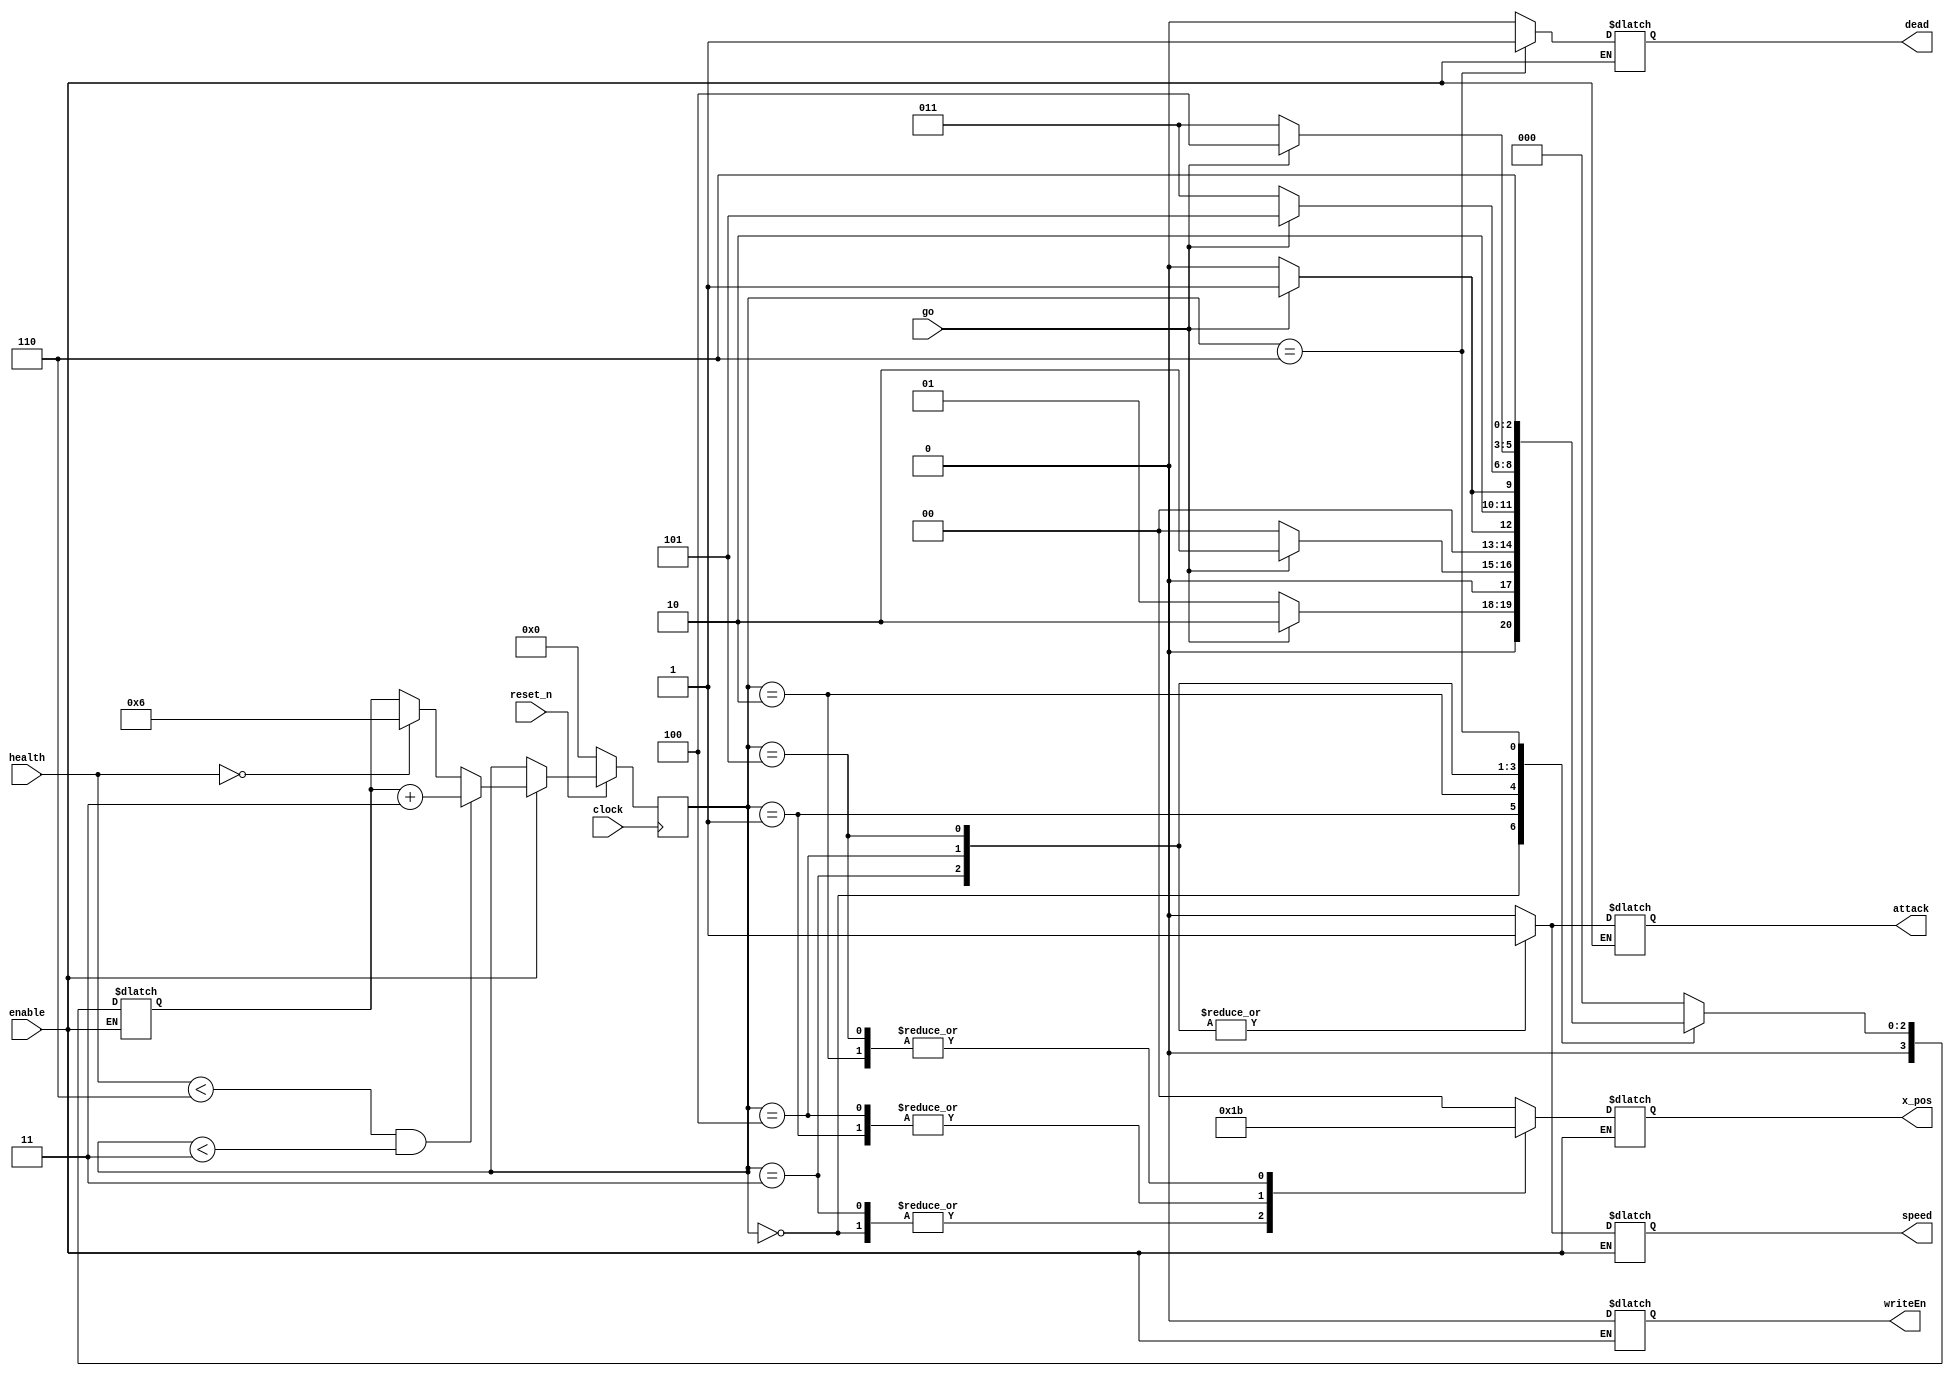
module enemy_control(clock, reset_n, go, enable, health, x_pos, speed, attack, dead, writeEn);

	//list of inputs
	input clock;
	input reset_n;
	input go;
	input [3:0] health;
	input enable;
	
	//list of outputs
	output reg [1:0] x_pos;
	output reg speed;
	output reg attack;
	output reg dead;
	output reg writeEn;

	
	reg [3:0] current_state, next_state; 

	//states listed out as local_params
   localparam   LEFT_CALM       			= 3'd0,
				MIDDLE_CALM   					= 3'd1,
				RIGHT_CALM       				= 3'd2,
				LEFT_AGGRESSIVE    			= 3'd3,
				MIDDLE_AGGRESSIVE          = 3'd4,
				RIGHT_AGGRESSIVE				= 3'd5,
				DEAD								= 3'd6;
					 
	//finite state machine transition

	// shoudnt we wait for the counter to finish counting before changing states??


		always @(*)
			begin 
				if (enable)
					begin
						case (current_state)
							 LEFT_CALM: next_state 				= go ? RIGHT_CALM : MIDDLE_CALM;
							 MIDDLE_CALM: next_state 			= go ? RIGHT_CALM : LEFT_CALM;
							 RIGHT_CALM: next_state 			= go ? MIDDLE_CALM : LEFT_CALM;
							 LEFT_AGGRESSIVE: next_state 		= go ? RIGHT_AGGRESSIVE : MIDDLE_AGGRESSIVE;
							 MIDDLE_AGGRESSIVE: next_state 	= go ? RIGHT_AGGRESSIVE: LEFT_AGGRESSIVE;
							 RIGHT_AGGRESSIVE: next_state 	= go ? MIDDLE_AGGRESSIVE: LEFT_AGGRESSIVE;
							 //TODO: FIX DEAD STATE
							 DEAD: next_state = DEAD;
						default:  next_state = LEFT_CALM;
					   endcase
					 end
		 end

		 //how to change between states
		 always @(*)
			begin
				if (enable)
				begin
				
				  //Speed = 0 -> RateDivider (__Hz)
				  //Speed = 1 -> RateDivider (2*__Hz)
				  speed = 1'b0;
				
				  //Attack = 0 -> Wait for 4 position changes
				  //Attack = 1 -> Wait for 2 position changes
				  attack = 1'b0;
				  
				  //X_pos = 2'b01 (1) -> Change VGA_X to 20
				  //X_pos = 2'b10 (2) -> Change VGA_X to 60
				  //X_pos = 2'b11 (3) -> Change VGA_X to 100
				  x_pos = 2'b00;
				  
				  //dead signal necessay
				  dead = 1'b0;
				  
				  writeEn = 1'b0;
				  
				  case (current_state)
						LEFT_CALM: 
							begin
								x_pos = 2'b01;
							end
						MIDDLE_CALM:
							begin
								x_pos = 2'b10;
							end
						RIGHT_CALM:
							begin
								x_pos = 2'b11;
							end
						LEFT_AGGRESSIVE:
							begin
								x_pos  = 2'b01;
								speed  = 1'b1;
								attack = 1'b1;
							end
						MIDDLE_AGGRESSIVE:
							begin
								x_pos  = 2'b10;
								speed  = 1'b1;
								attack = 1'b1;
							end
						RIGHT_AGGRESSIVE:
							begin
								x_pos  = 2'b11;
								speed  = 1'b1;
								attack = 1'b1;
							end
						//TODO DEAD CONTROL SIGNALS
						DEAD:
							begin
								dead = 1'b1;
							end
				  endcase
			 end
	    end
		
		 always @(posedge clock)
			begin

					  if (!reset_n)
							current_state <= LEFT_CALM;
					//if the opponent has less than half their health, 
					//they become more aggressive, move into different set of states
					  else if (enable)
							begin
						   if (health < 4'd6 && current_state < 4'd3)
								current_state <= next_state + 3;
						  else if (health == 4'b0)
								current_state <= DEAD;
						  else
								current_state <= next_state;
							end
			end
endmodule

//module enemy_control(clock, reset_n, go, health, x_pos, speed, attack, dead, writeEn);
//
//	//list of inputs
//	input clock;
//	input reset_n;
//	input go;
//	input [3:0] health;
//	input enable;
//	
//	//list of outputs
//	output reg [1:0] x_pos;
//	output reg speed;
//	output reg attack;
//	output reg dead;
//	output reg writeEn;
//
//	
//	reg [3:0] current_state, next_state; 
//
//	//states listed out as local_params
//   localparam   LEFT_CALM       				= 3'd0,
//				MIDDLE_CALM   					= 3'd1,
//				RIGHT_CALM       				= 3'd2,
//				LEFT_AGGRESSIVE    				= 3'd3,
//				MIDDLE_AGGRESSIVE          		= 3'd4,
//				RIGHT_AGGRESSIVE				= 3'd5,
//				DEAD							= 3'd6;
//					 
//	//finite state machine transition
//
//	// shoudnt we wait for the counter to finish counting before changing states??
//
//
//		always @(*)
//			begin 
//				if (enable)
//					begin
//						case (current_state)
//							 LEFT_CALM: next_state 				= go ? RIGHT_CALM : MIDDLE_CALM;
//							 MIDDLE_CALM: next_state 			= go ? RIGHT_CALM : LEFT_CALM;
//							 RIGHT_CALM: next_state 			= go ? MIDDLE_CALM : LEFT_CALM;
//							 LEFT_AGGRESSIVE: next_state 		= go ? RIGHT_AGGRESSIVE : MIDDLE_AGGRESSIVE;
//							 MIDDLE_AGGRESSIVE: next_state 	= go ? RIGHT_AGGRESSIVE: LEFT_AGGRESSIVE;
//							 RIGHT_AGGRESSIVE: next_state 	= go ? MIDDLE_AGGRESSIVE: LEFT_AGGRESSIVE;
//							 //TODO: FIX DEAD STATE
//							 DEAD: next_state = DEAD;
//						default:  next_state = LEFT_CALM;
//					   endcase
//					 end
//		 end
//
//		 //how to change between states
//		 always @(*)
//			begin
//				if (enable)
//				begin
//				
//				  //Speed = 0 -> RateDivider (__Hz)
//				  //Speed = 1 -> RateDivider (2*__Hz)
//				  speed = 1'b0;
//				
//				  //Attack = 0 -> Wait for 4 position changes
//				  //Attack = 1 -> Wait for 2 position changes
//				  attack = 1'b0;
//				  
//				  //X_pos = 2'b01 (1) -> Change VGA_X to 20
//				  //X_pos = 2'b10 (2) -> Change VGA_X to 60
//				  //X_pos = 2'b11 (3) -> Change VGA_X to 100
//				  x_pos = 2'b00;
//				  
//				  //dead signal necessay
//				  dead = 1'b0;
//				  
//				  writeEn = 1'b0;
//				  
//				  case (current_state)
//						LEFT_CALM: 
//							begin
//								x_pos = 2'b01;
//							end
//						MIDDLE_CALM:
//							begin
//								x_pos = 2'b10;
//							end
//						RIGHT_CALM:
//							begin
//								x_pos = 2'b11;
//							end
//						LEFT_AGGRESSIVE:
//							begin
//								x_pos  = 2'b01;
//								speed  = 1'b1;
//								attack = 1'b1;
//							end
//						MIDDLE_AGGRESSIVE:
//							begin
//								x_pos  = 2'b10;
//								speed  = 1'b1;
//								attack = 1'b1;
//							end
//						RIGHT_AGGRESSIVE:
//							begin
//								x_pos  = 2'b11;
//								speed  = 1'b1;
//								attack = 1'b1;
//							end
//						//TODO DEAD CONTROL SIGNALS
//						DEAD:
//							begin
//								dead = 1'b1;
//							end
//				  endcase
//			 end
//	    end
//		
//		 always @(posedge clock)
//			begin
//
//					  if (!reset_n)
//							current_state <= LEFT_CALM;
//					//if the opponent has less than half their health, 
//					//they become more aggressive, move into different set of states
//					  else if (enable)
//							begin
//						   if (health < 4'd6 && current_state < 4'd3)
//								current_state <= next_state + 3;
//						  else if (health == 4'b0)
//								current_state <= DEAD;
//						  else
//								current_state <= next_state;
//							end
//			end
//
//
//endmodule